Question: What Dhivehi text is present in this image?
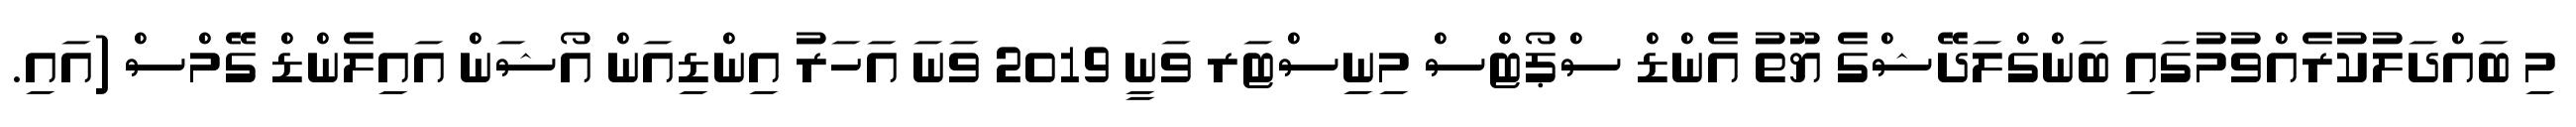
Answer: މި ބައްދަލުކުރެއްވުމުގައި ބަންގްލަދޭޝްގެ ޔޫތު އެންޑް ސްޕޯޓްސް މިނިސްޓަރ ވަނީ 2019 ވަނަ އަހަރު އިންޑިއަން އޯޝަން އައިލެންޑް ގޭމްސް (އައި.